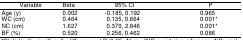
<table><thead><tr><td><b>Variable</b></td><td><b>Beta</b></td><td><b>95% CI</b></td><td><b>P</b></td></tr></thead><tbody><tr><td>Age (y)</td><td>0.002</td><td>-0.185, 0.192</td><td>0.965</td></tr><tr><td>WC (cm)</td><td>0.464</td><td>0.135, 0.664</td><td>0.001*</td></tr><tr><td>NC (cm)</td><td>1.627</td><td>0.370, 2.846</td><td>0.001*</td></tr><tr><td>BF (%)</td><td>0.520</td><td>0.256, 0.462</td><td>0.086</td></tr></tbody></table>